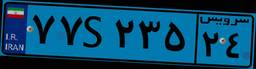
۴۹S۱۲۵۶۹